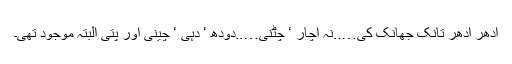
اِدھر اُدھر تانک جھانک کی…..نہ اچار ‘ چٹنی…..دودھ ‘ دہی ‘ چینی اور پتی البتہ موجود تھی۔